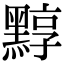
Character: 𪑒